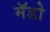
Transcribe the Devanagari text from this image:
मॅडो